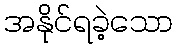
အနိုင်ရခဲ့သော